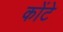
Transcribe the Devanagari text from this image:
कोंटे